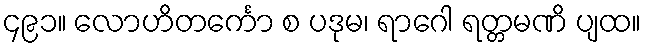
၄၉၁။ လောဟိတင်္ကော စ ပဒုမ၊ ရာဂေါ ရတ္တမဏိ ပျထ။